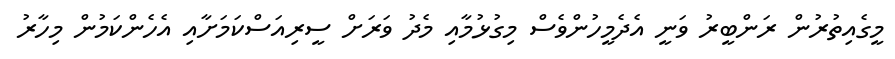
މީގެއިތުރުން ރަންބީރު ވަނީ އެދެމީހުންވެސް މިގުޅުމާއި މެދު ވަރަށް ސީރިއަސްކަމަށާއި އެހެންކަމުން މިހާރު